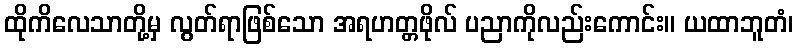
ထိုကိလေသာတို့မှ လွတ်ရာဖြစ်သော အရဟတ္တဖိုလ် ပညာကိုလည်းကောင်း။ ယထာဘူတံ၊